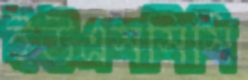
ইউএসসিসি